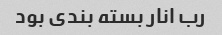
رب انار بسته بندی بود